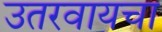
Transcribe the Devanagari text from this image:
उतरवायचा